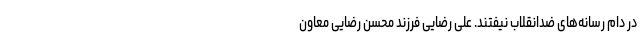
در دام رسانه‌های ضدانقلاب نیفتند. علی رضایی فرزند محسن رضایی معاون